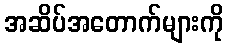
အဆိပ်အတောက်များကို